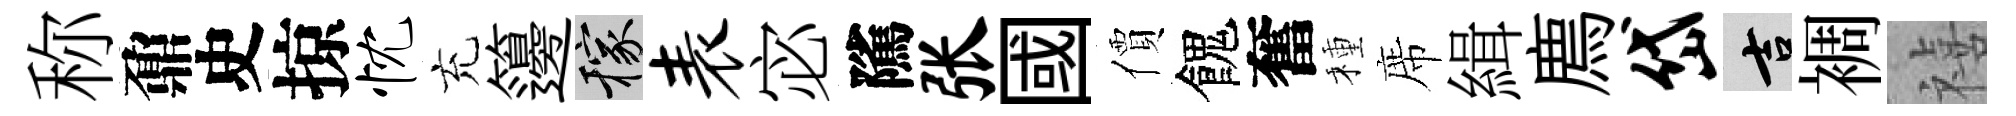
称鼐史掠忱充籩稼表宓隲张國價餽奮種席緝廌岱吉裯禧